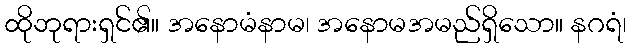
ထိုဘုရားရှင်၏။ အနောမံနာမ၊ အနောမအမည်ရှိသော။ နဂရံ၊